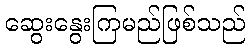
ဆွေးနွေးကြမည်ဖြစ်သည်